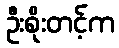
ဦးစိုးတင့်က